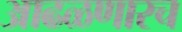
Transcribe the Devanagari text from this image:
आढळणारच